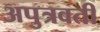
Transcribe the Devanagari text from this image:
अपुत्रवती